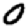
Digit: 0